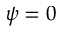
\psi = 0